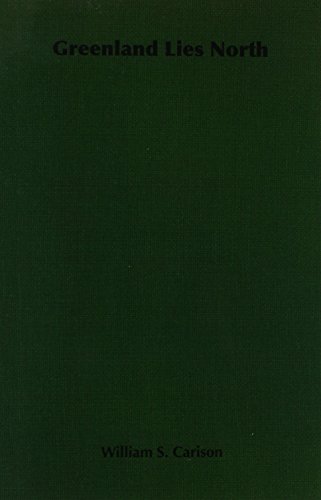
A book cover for Greenland Lies North; William S. Carison; History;